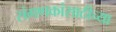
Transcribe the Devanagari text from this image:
संगणकांसाठीच्या